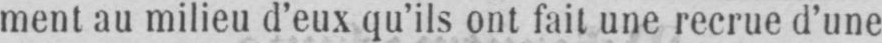
ment au milieu d’eux qu’ils ont fait une recrue d’une